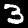
Digit: 3